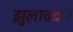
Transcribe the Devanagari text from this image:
झुलावदार